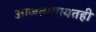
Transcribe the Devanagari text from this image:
आजतागायतही